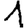
Digit: 1